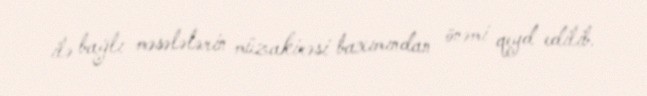
ilə bağlı məsələlərin müzakirəsi baxımından önəmi qeyd edilib.